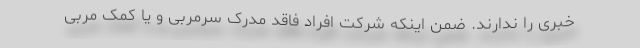
خبری را ندارند. ضمن اینکه شرکت افراد فاقد مدرک سرمربی و یا کمک مربی